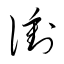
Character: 衝